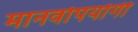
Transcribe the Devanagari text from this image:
मानवोपयोगी